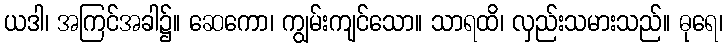
ယဒါ၊ အကြင်အခါ၌။ ဆေကော၊ ကျွမ်းကျင်သော။ သာရထိ၊ လှည်းသမားသည်။ ဓုရေ၊